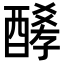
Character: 𨢀